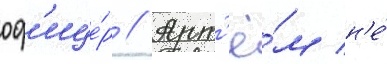
оф'ице́р // Арт'ё́м н'е́